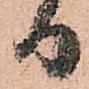
日